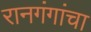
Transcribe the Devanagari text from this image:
रानगंगांचा